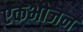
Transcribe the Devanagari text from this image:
एकभोजन